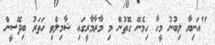
"އަނިޔާ ލިބުނު މީހާ ހިމެނޭ ގޮތުން މި މާރާމާރީގައި ޝާމިލްވި ހަތަރު ބިދޭސީން